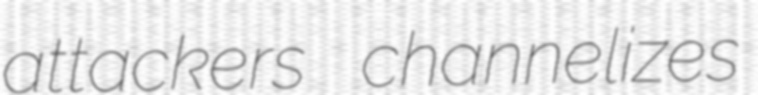
attackers channelizes